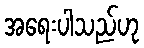
အရေးပါသည်ဟု